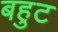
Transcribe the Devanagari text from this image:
बहुट